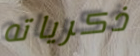
ذكرياته